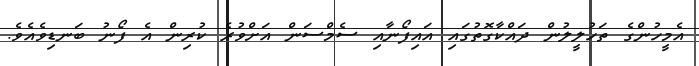
އެމީހުންގެ ތަހުލީލުން ދައްކާގޮތުގައި އައިފޯނާއި ސެމްސަން އަށްވުރެ ކުރިން އެ ފޯނު ބަނޑިވެއެވެ.